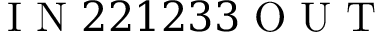
\mathrm { ~ I ~ N ~ } 2 2 1 2 3 3 \mathrm { ~ O ~ U ~ T ~ }